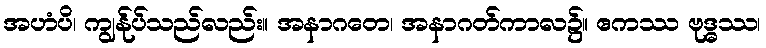
အဟံပိ၊ ကျွန်ုပ်သည်လည်း။ အနာဂတေ၊ အနာဂတ်ကာလ၌။ ဧကဿ ဗုဒ္ဓဿ၊